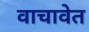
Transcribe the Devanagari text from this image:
वाचावेत